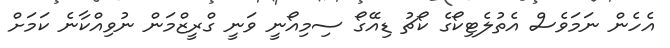
އެހެން ނަމަވެސް އެތުލެޓިކޯގެ ކޯޗު ޑިއޭގޯ ސިމިއޯނީ ވަނީ ގްރީޒްމަން ނުވިއްކާނެ ކަމަށް